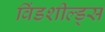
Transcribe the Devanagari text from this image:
विंडशील्ड्स